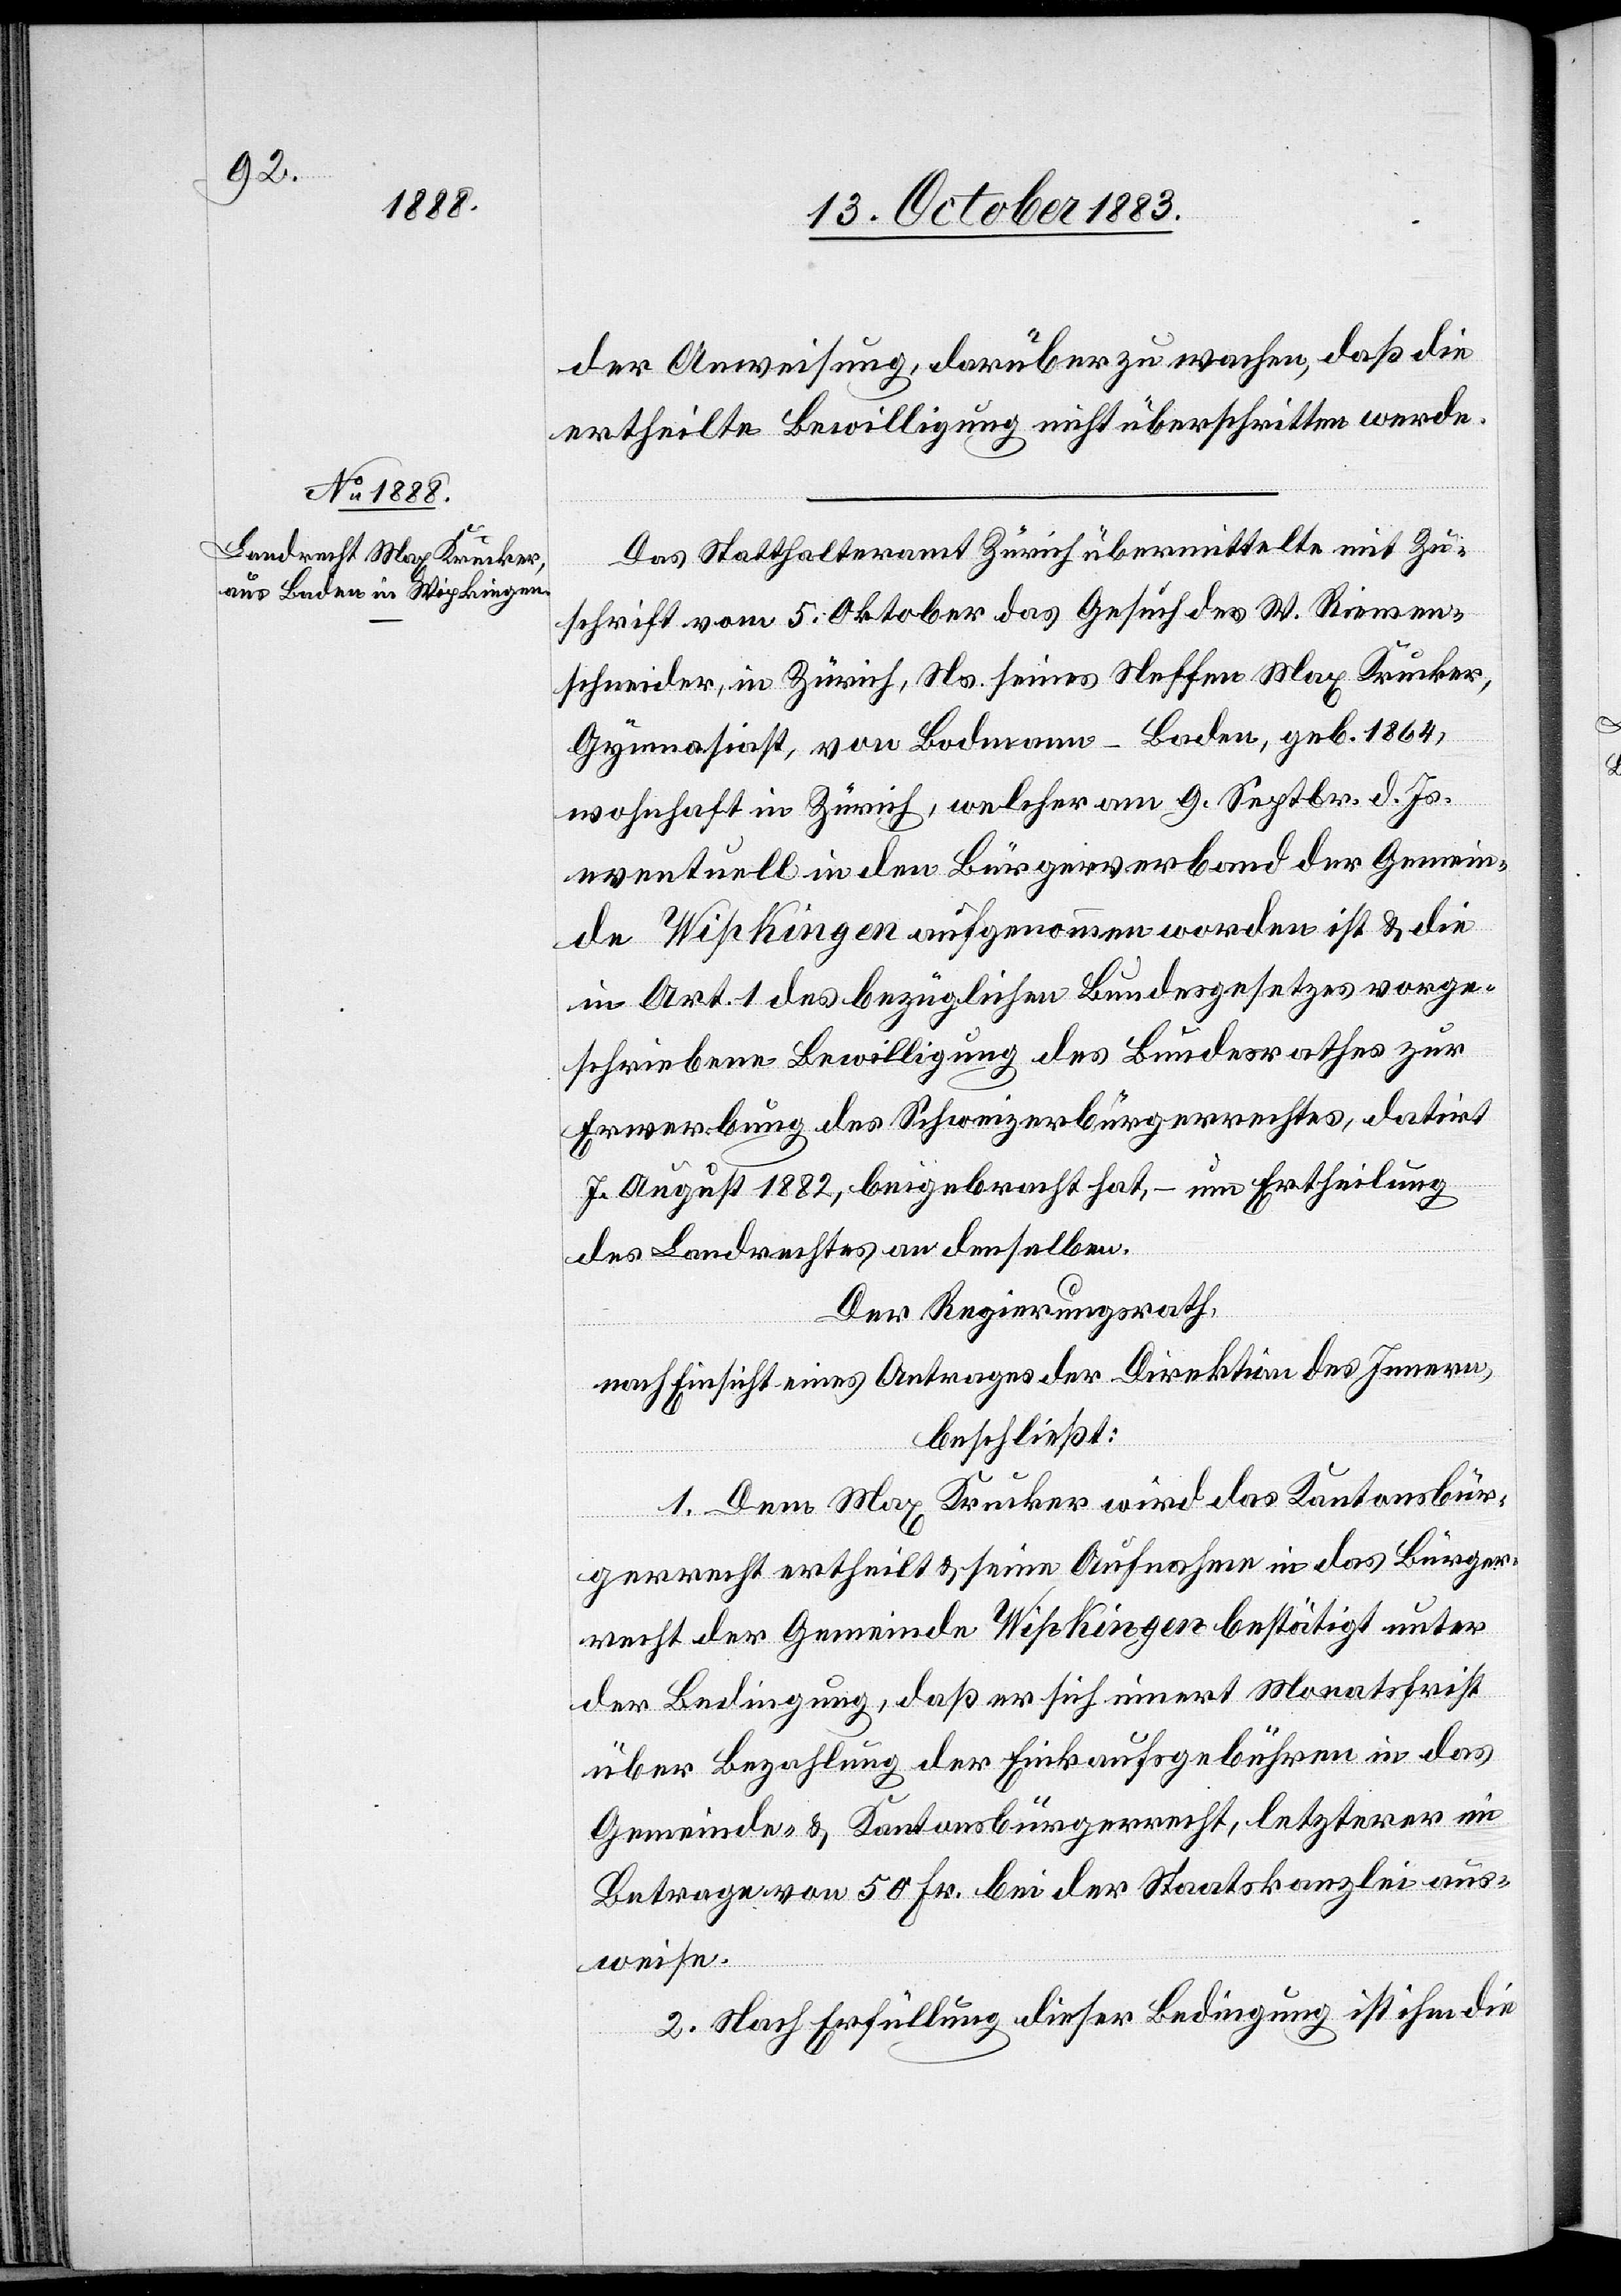
der Anweisung, darüber zu wachen, daß die
ertheilte Bewilligung nicht überschritten werde.
Das Statthalteramt Zürich übermittelte mit Zu¬
schrift vom 5. Oktober das Gesuch des W. Riemen¬
schneider, in Zürich, Ns. seines Neffen Max Krucker,
Gymnasiast, von Bodmann - Baden, geb. 1864,
wohnhaft in Zürich, welcher am 9. Septbr. d. Js.
eventuell in den Bürgerverband der Gemein¬
de Wipkingen aufgenommen worden ist & die
in Art. 1 des bezüglichen Bundesgesetzes vorge¬
schriebene Bewilligung des Bundesrathes zur
Erwerbung des Schweizerbürgerrechtes, datirt
7. August 1882, beigebracht hat, – um Ertheilung
des Landrechtes an denselben.
Der Regierungsrath,
nach Einsicht eines Antrages der Direktion des Innern,
beschließt:
1. Dem Max Krucker wird das Kantonsbür¬
gerrecht ertheilt & seine Aufnahme in das Bürger¬
recht der Gemeinde Wipkingen bestätigt unter
der Bedingung, daß er sich innert Monatsfrist
über Bezahlung der Einkaufsgebühren in das
Gemeinde- & Kantonsbürgerrecht, letzterer im
Betrage von 50. Fr. bei der Staatskanzlei aus¬
weise.
2. Nach Erfüllung dieser Bedingung ist ihm die